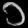
Digit: ၁